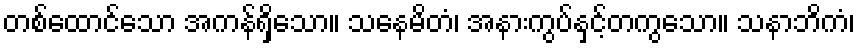
တစ်ထောင်သော အကန်ရှိသော။ သနေမိတံ၊ အနားကွပ်နှင့်တကွသော။ သနာဘိကံ၊